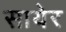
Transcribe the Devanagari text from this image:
सायेर